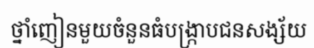
ថ្នាំញៀនមួយចំនួនធំបង្ក្រាបជនសង្ស័យ